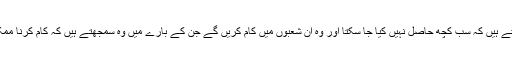
وہ جانتے ہیں کہ سب کچھ حاصل نہیں کیا جا سکتا اور وہ ان شعبوں میں کام کریں گے جن کے بارے میں وہ سمجھتے ہیں کہ کام کرنا ممکن ہے۔